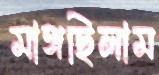
মাঙ্গছিলাম